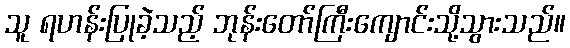
သူ ရဟန်းပြုခဲ့သည့် ဘုန်းတော်ကြီးကျောင်းသို့သွားသည်။